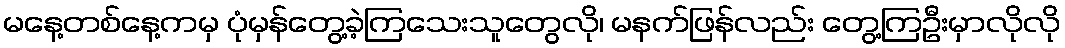
မနေ့တစ်နေ့ကမှ ပုံမှန်တွေ့ခဲ့ကြသေးသူတွေလို၊ မနက်ဖြန်လည်း တွေ့ကြဦးမှာလိုလို